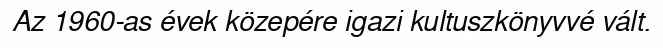
Az 1960-as évek közepére igazi kultuszkönyvvé vált.